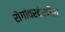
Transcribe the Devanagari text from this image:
रोगांवरदेखील